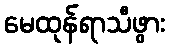
မေထုန်ရာသီဖွား